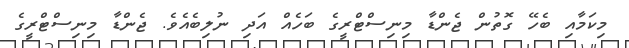
މިކަމާއި ބެހޭ ގޮތުން ޖެންޑާ މިނިސްޓްރީގެ ބަހެއް އަދި ނުލިބެއެވެ. ޖެންޑާ މިނިސްޓްރީގެ